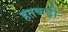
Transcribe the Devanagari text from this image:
हतकड़ी